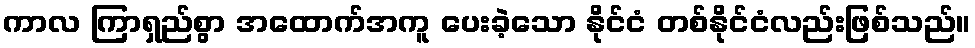
ကာလ ကြာရှည်စွာ အထောက်အကူ ပေးခဲ့သော နိုင်ငံ တစ်နိုင်ငံလည်းဖြစ်သည်။